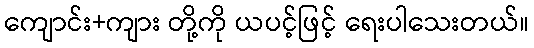
ကျောင်း+ကျား တို့ကို ယပင့်ဖြင့် ရေးပါသေးတယ်။